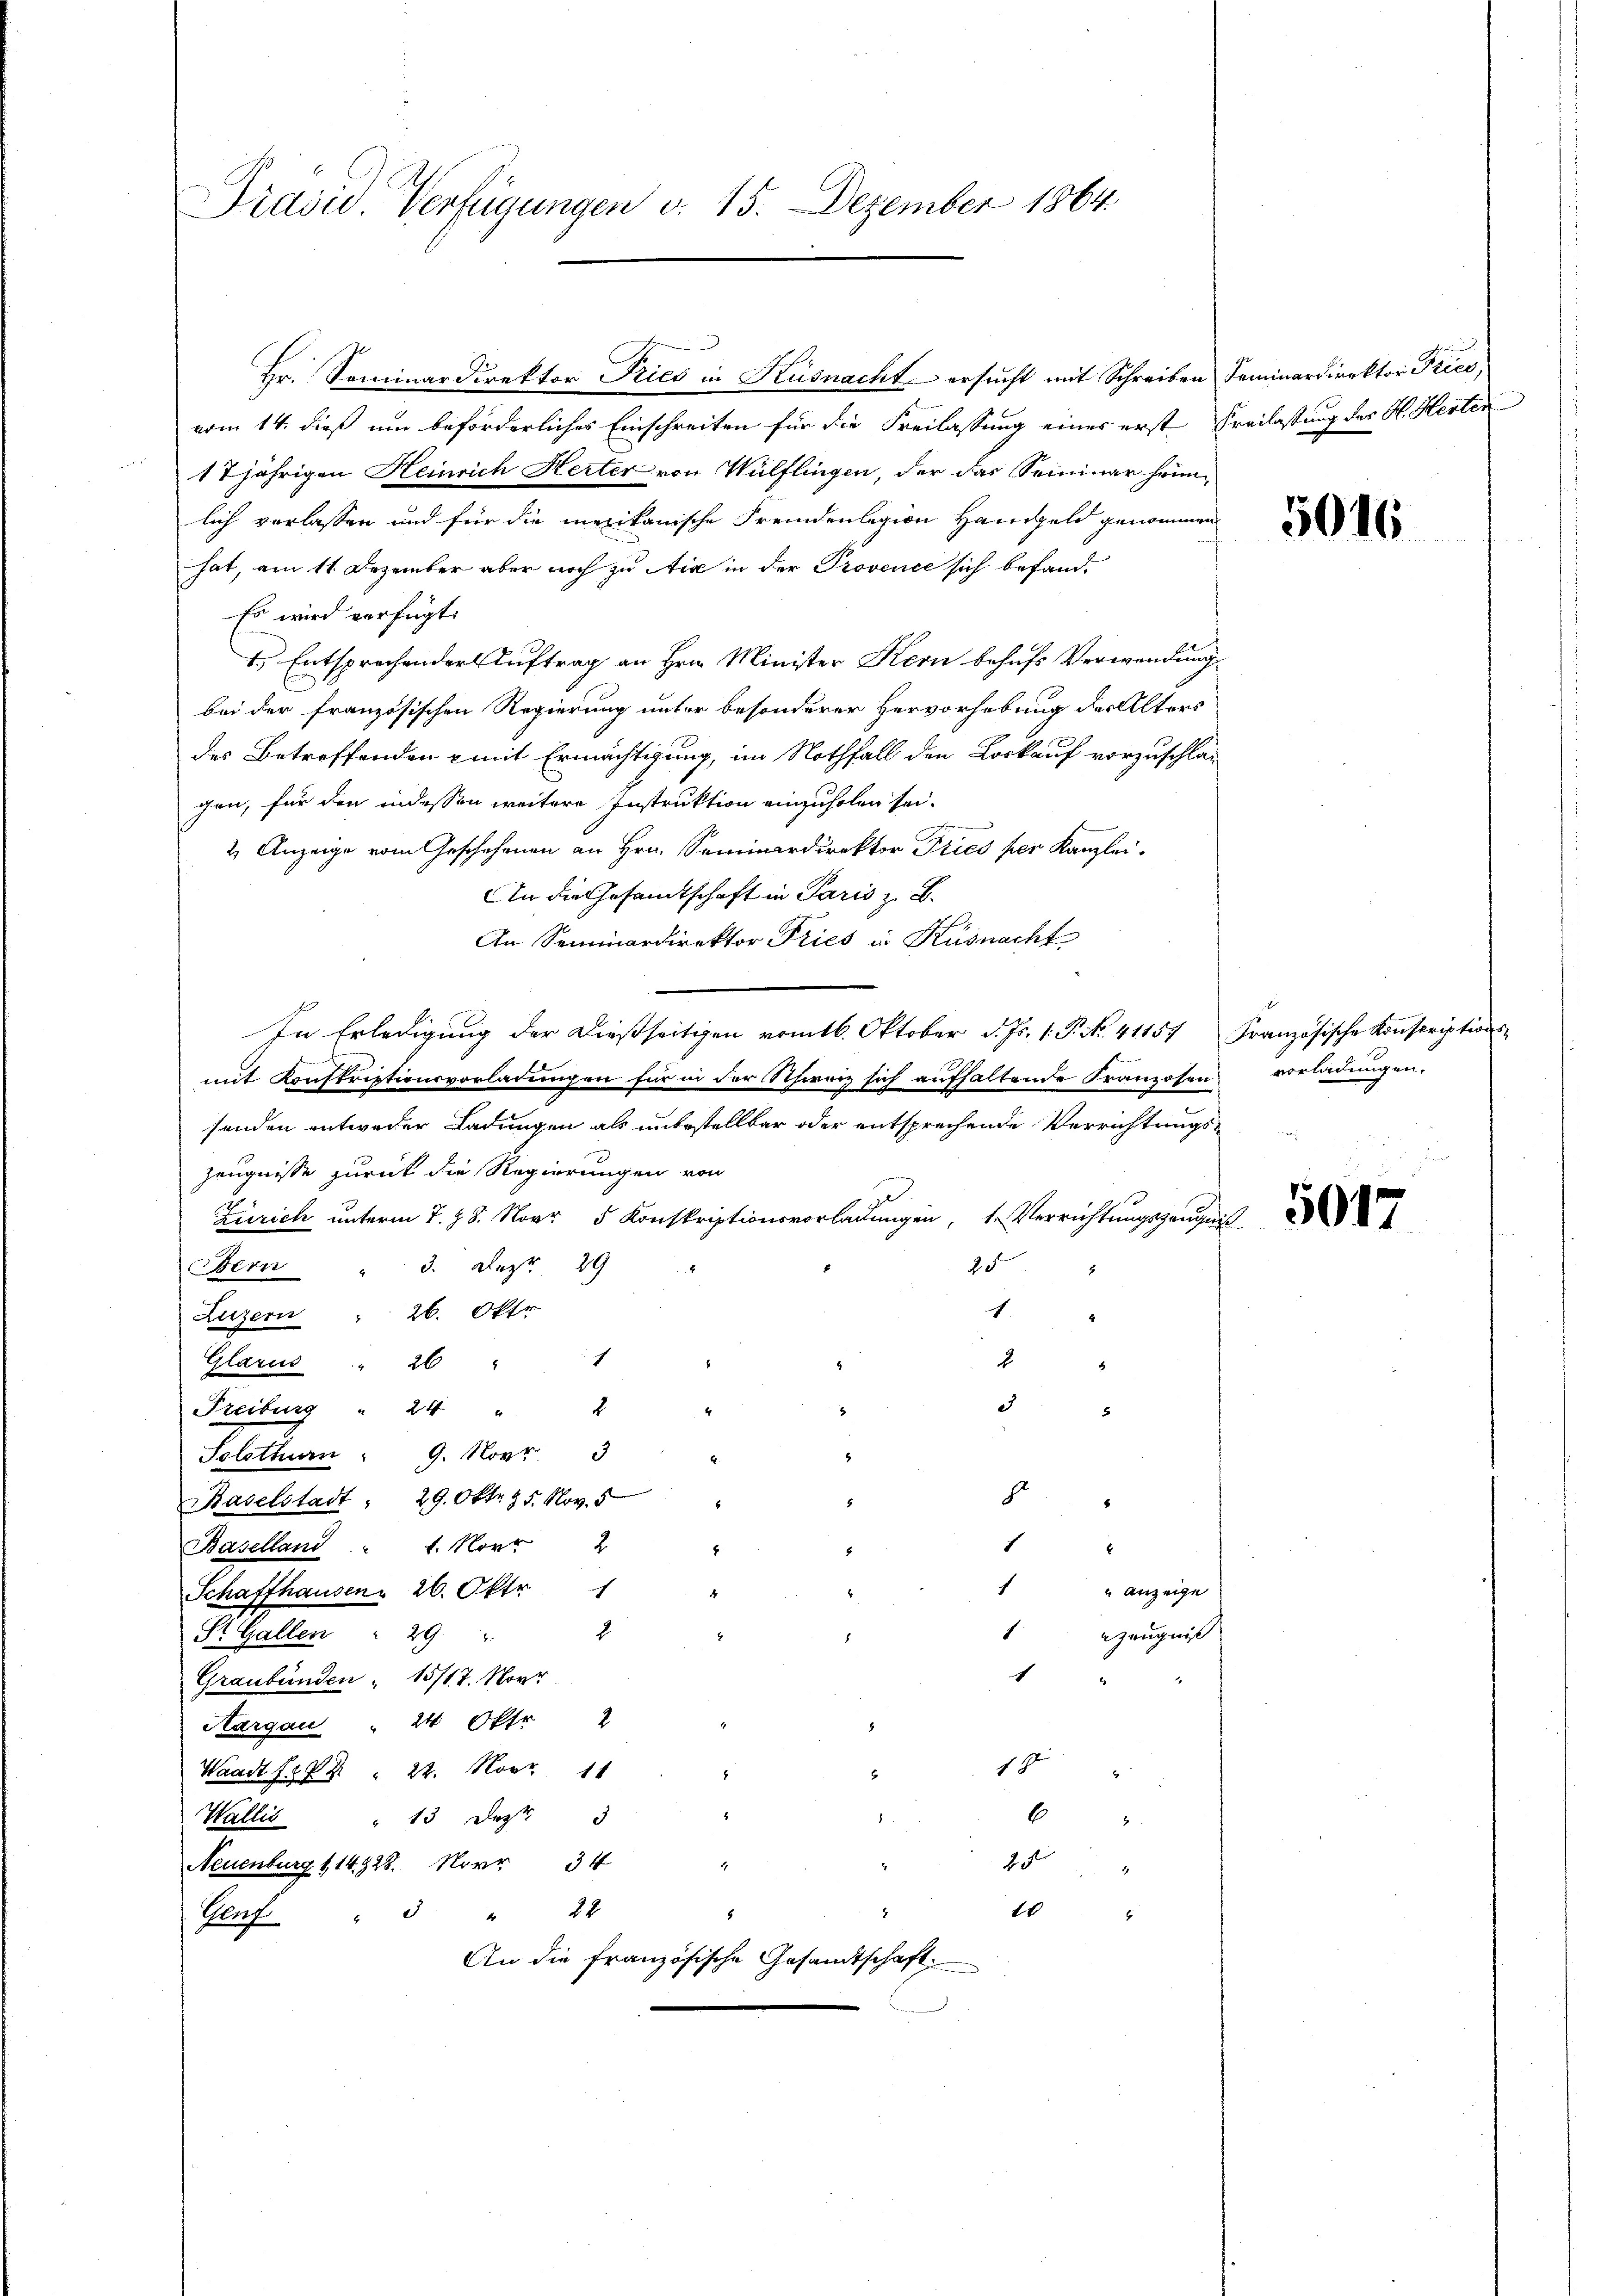
Präsid. Verfügungen v. 15. Dezember 1864.

vom 14. dieß um beförderliches Einschreiten für die Freilassung eines erst Freilastung des H. Herten
17jährigen Heinrich Herter von Wülflingen, der das Seminar heimlich verlassen und für die merikanische Fremdenlegion Handgeld genommen
hat, am 11. Dezember aber noch zu Aić in der Provence sich befand¬
Es wird verfügt:
1.) Entsprechender Auftrag an Hrn. Minister Kern behufs Verwendung
bei der französischen Regierung unter besonderer Hervorhebung der Alters
des Betreffenden mit Ermächtigung, im Nothfall den Loskauf vorzuschlag
gen, für den indessen weitere Instruktion einzuholen sei.
2 Anzeige vom Geschehenen an Hrn. Seminardirektor Pries per Kanzlei.
An die Gesamtschaft in Paris z. B.
An Seminardirektor Pries in Küsnacht
In Erledigung der dießseitigen vom 16. Oktober d. Js. f. P. No. 41157
mit Konstriptionsvorladungen für in der Schweiz sich aufhaltende Franzosen vorladungen.
senden entweder Ladungen als unbestellbar oder entsprechende Verrichtungs¬
Zeugnisse zurück die Regierungen von
Zürich unterm 7. 28. Novr 5 Konskriptionsvorladungen, 1. Verrichtungszeugniß
3. Dez. 29
2
Bern
c
Luzern " 26. Oktr
2
Glarus " 26 " " 1
e
2
Freiburg " 24 "
Solothurn " 9. Novr 3
.
Baselstadt " 29. Okt. 15. Nov. 5
1
Baselland" 1. Novr 2
1
anzeige
Schaffhausen 26. Okt 1
4
.
2
.Zeugniß
St. Gallen : 29 "
1
Graubünden " 15/17. Novr
Aargau " 24 Okfr 2
2
19
Waadt f 22 " 22. Nov. 11
.
6
c
Walli " 13 Dez. 3
2
Neuenburg 114928. Novr 34
.
1
3 " 24
Vent
An die französische Gesandtschaft.

Hr. Seminardirektor Pries in Küsnacht ersucht mit Schreiben Seminardirektor Price,

Französische Konscriptions¬

5016

5017